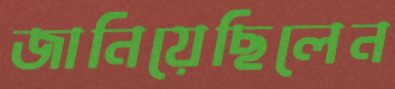
জানিয়েছিলেন